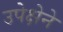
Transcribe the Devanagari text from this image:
उपेक्षेने